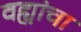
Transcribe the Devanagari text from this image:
वह्यांचा